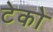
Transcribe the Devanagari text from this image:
टेको